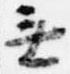
無